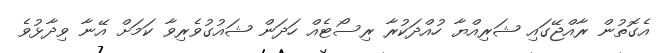
އެގޮތުން ރާއްޖޭގައި ޝަރިއްޔާ ހުއްދަކުރާ ރިސޯޓެއް ހަދަން ޝައުގުވެރިވާ ކަމަށް އޭނާ ވިދާޅުވެ